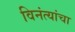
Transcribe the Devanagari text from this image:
विनंत्यांचा